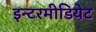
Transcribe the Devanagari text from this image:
इन्टरमीडियेट